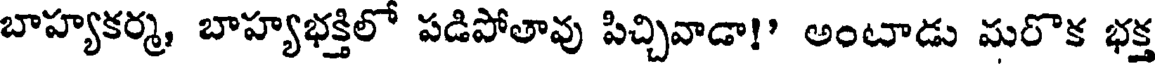
బాహ్యకర్మ, బాహ్యభక్తిలో పడిపోతావు పిచ్చివాడా!" అంటాడు మరొక భక్త